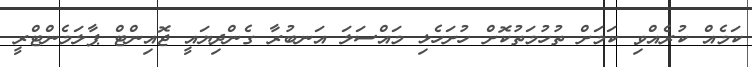
ކަމެއް ކުރެއްވި ކަމަށް ތުހުމަތުކޮށް ހުށަހެޅި މައްސަލަ އަނބުރާ ގެންދިޔައީ ޖޮއިންޓް ޕާލަމެންޓްރީ